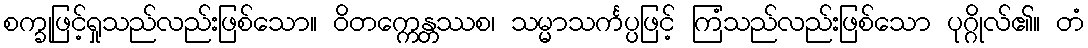
စက္ခုဖြင့်ရှုသည်လည်းဖြစ်သော။ ဝိတက္ကေန္တဿစ၊ သမ္မာသင်္ကပ္ပဖြင့် ကြံသည်လည်းဖြစ်သော ပုဂ္ဂိုလ်၏။ တံ